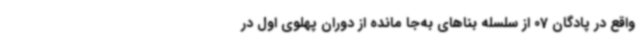
واقع در پادگان 07 از سلسله بناهای به‌جا مانده از دوران پهلوی اول در